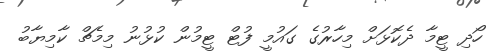
ހޯދި ޓީމާ ދެކޮޅަށް މިހާރުގެ ގައުމީ ފުޓް ޓީމުން ކުޅުނު މިމެޗް ކާމިޔާބު